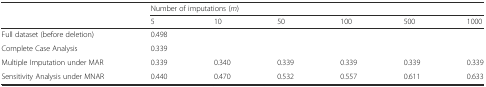
|  | <COLSPAN=6> Number of imputations (m) |
 |  | 5 | 10 | 50 | 100 | 500 | 1000 |
 | --- | --- | --- | --- | --- | --- | --- |
 | Full dataset (before deletion) | 0.498 |  |  |  |  |  |
 | Complete Case Analysis | 0.339 |  |  |  |  |  |
 | Multiple Imputation under MAR | 0.339 | 0.340 | 0.339 | 0.339 | 0.339 | 0.339 |
 | Sensitivity Analysis under MNAR | 0.440 | 0.470 | 0.532 | 0.557 | 0.611 | 0.633 |